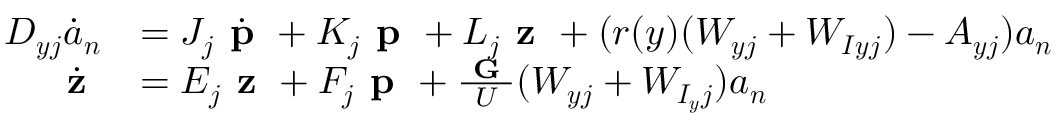
\begin{array} { r l } { \boldsymbol { D _ { y j } } \boldsymbol { \dot { a } _ { n } } } & { = \boldsymbol { J _ { j } } \dot { \textbf { p } } + \boldsymbol { K _ { j } } \textbf { p } + \boldsymbol { L _ { j } } \textbf { z } + ( r ( y ) ( \boldsymbol { W _ { y j } } + \boldsymbol { W _ { I y j } } ) - \boldsymbol { A _ { y j } } ) \boldsymbol { a _ { n } } } \\ { \dot { \textbf { z } } } & { = \boldsymbol { E _ { j } } \textbf { z } + \boldsymbol { F _ { j } } \textbf { p } + \frac { \textbf { G } } { U } ( \boldsymbol { W _ { y j } } + \boldsymbol { W _ { I _ { y } j } } ) \boldsymbol { a _ { n } } } \end{array}